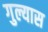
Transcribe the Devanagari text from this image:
गुल्यास